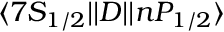
\ensuremath { \langle 7 S _ { 1 / 2 } | | } D \ensuremath { | | n P _ { 1 / 2 } \rangle }